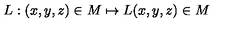
L : ( x , y , z ) \in { M } \mapsto L ( x , y , z ) \in { M }